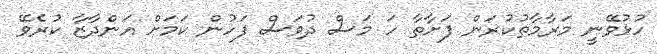
ހުޅުވޭނީ މަރާމާތުކުރަން ފަށާތާ ހަ މަސް ދުވަސް ފަހުން ކަމަށް އަންދާޒާ ކުރެވޭ